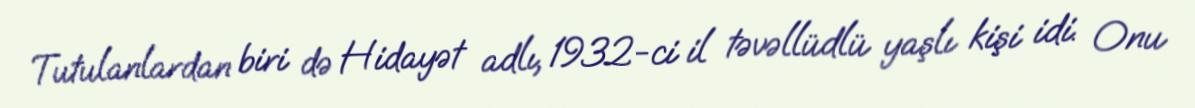
Tutulanlardan biri də Hidayət adlı, 1932-ci il təvəllüdlü yaşlı kişi idi. Onu